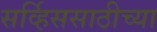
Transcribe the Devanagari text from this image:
सर्व्हिससाठीच्या